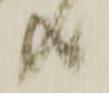
共